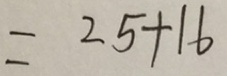
= 2 5 + 1 6